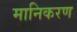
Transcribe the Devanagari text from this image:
मानिकरण